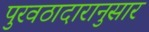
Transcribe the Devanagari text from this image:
पुरवठादारानुसार